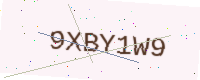
Text: 9XBY1W9